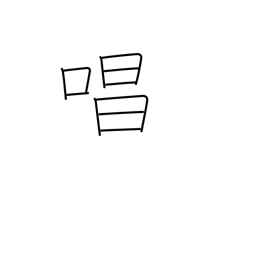
Meaning: chant